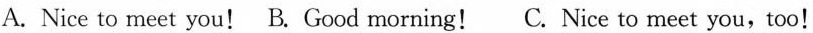
A.Nice to meet you! B. Good morning!